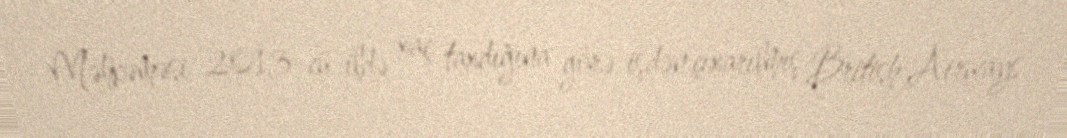
Məhkəməsi 2013-cü ildə xaç taxdığına görə işdən çıxarılmış British Airways